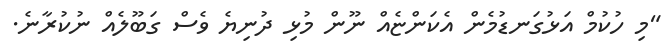
"މި ހުކުމް އަޅުގަނޑުމެން އެކަންޏެއް ނޫން މުޅި ދުނިޔެ ވެސް ގަބޫލެއް ނުކުރާނެ.